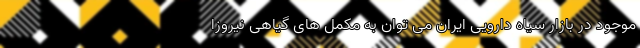
موجود در بازار سیاه دارویی ایران می توان به مکمل های گیاهی نیروزا